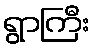
ရွာကြီး